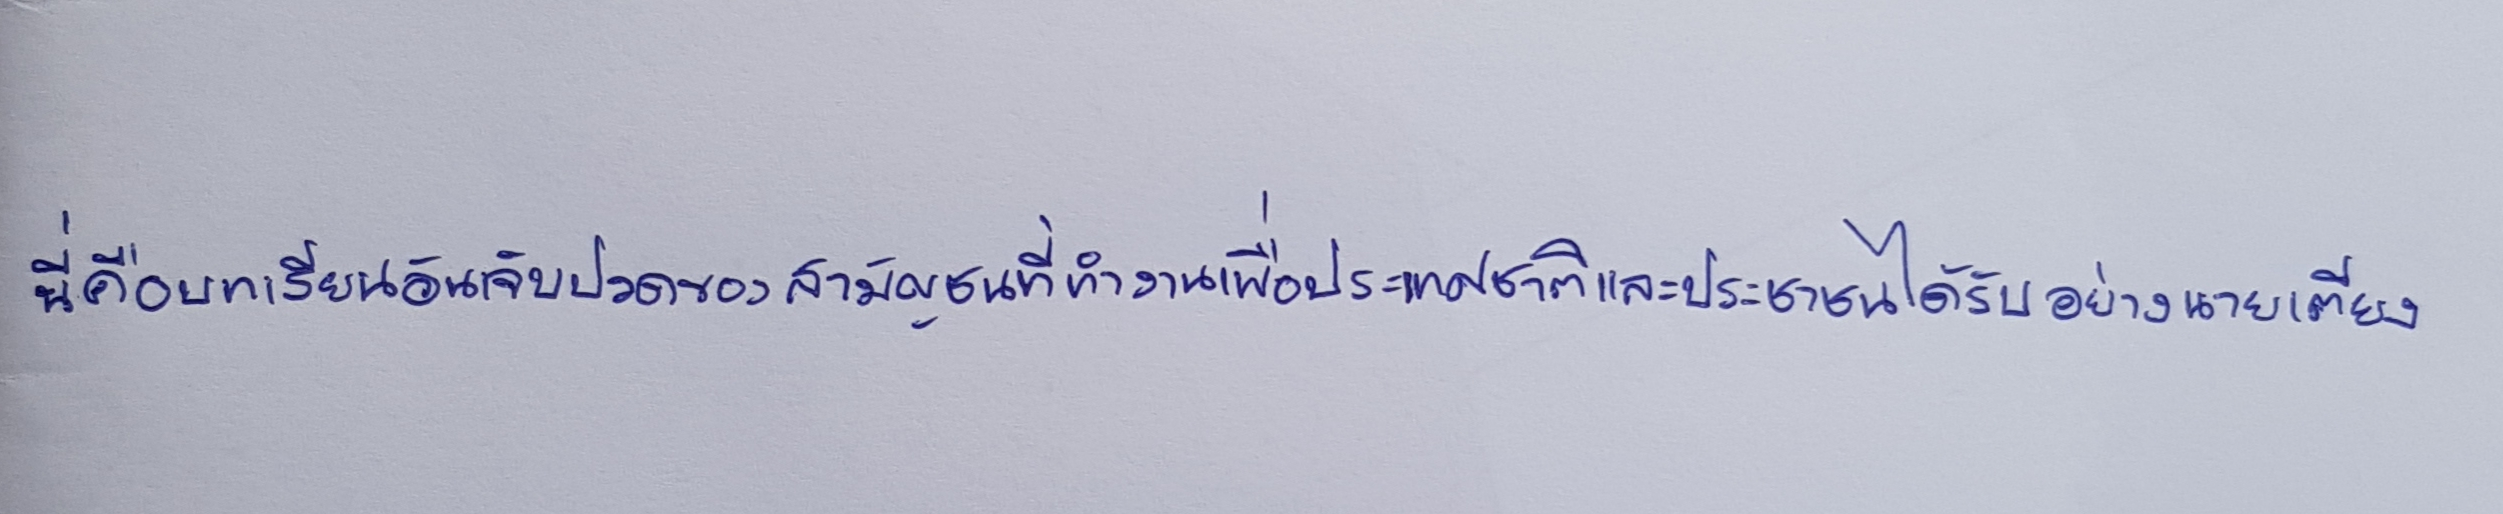
นี่คือบทเรียนอันเจ็บปวดของสามัญชนที่ทำงานเพื่อประเทศชาติและประชาชนได้รับอย่างนายเตียง